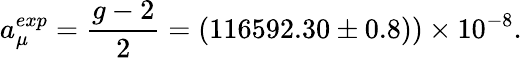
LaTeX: a_{\mu}^{exp}=\frac{g-2}{2}=(116592.30\pm 0.8))\times 10^{-8}.